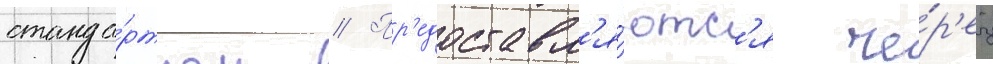
станда́ртном // Пр'едоставл'я́ютс'я че́р'ез